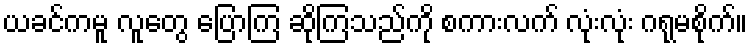
ယခင်ကမူ လူတွေ ပြောကြ ဆိုကြသည်ကို စကားလက် လုံးလုံး ဂရုမစိုက်။